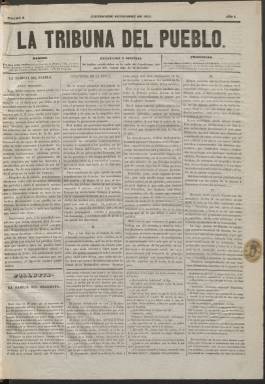
Título: La Tribuna del pueblo (Madrid. 1851)
Colección: Periódicos
Ámbito geográfico: Madrid
Lugar de publicación: Madrid
Fechas: 04/09/1851-17/10/1851

Periódico madrileño de ideas democráticas que defendía por primera vez en la España liberal el sufragio universal y la república. Junto con el nacimiento del Partido Demócrata, estas ideas se propagaron en España al calor de las revoluciones europeas de 1848. Al aparecer en un año en que gobernaba el partido moderado de ideario liberal conservador el periódico fue perseguido y terminó por desaparecer al cabo de poco más de un mes.

  En el número 3 de la Tribuna del Pueblo, que es con el que se inicia la colección de la BNE, se informa que los dos primeros números han desaparecido de la circulación al ser secuestrados por el Gobierno. Con el título ¡Buen Principio! la primera columna de la portada señala: ‘Bajo malos auspicios hemos pisado los umbrales de la imprenta. Nuestros dos primeros números han sido recogidos en el día de ayer por orden de la autoridad superior de la provincia’.

  Los editores se defienden diciendo que pretender reformas no quiere decir situarse fuera de la ley para criticar lo existente, y suplican a la autoridad competente no prohíba la salida del periódico porque sus doctrinas críticas ‘giran en esferas muy superiores a las en que giran y se mueven los partidos’, con lo que parecía situarse fuera de la lucha política.

  El alma de la Tribuna del Pueblo fue Sixto Cámara, defensor del socialismo utópico cuyas ideas las había adquirido en Francia de Charles Fourier. Fundó el periódico junto con Leandro Rubio, Antonio Ignacio Cervera y Francisco Javier Moya Fernández. Durante el bienio progresista de 1854-1856 Cámara fundó la Soberanía Nacional, órgano del Partido Demócrata. Estuvo preso y se exilió tras la vuelta de los moderados a Portugal, donde falleció con 35 años. Su compañero socialista Fernando Garrido publicó su biografía en 1860, al año de su muerte.

  La Tribuna del Pueblo era un típico periódico doctrinario en el que la exposición de su ideario es lo más significativo, lo que no quiere decir que faltara la información nacional e internacional con noticias variadas o la información de espectáculos e incluso una sección industrial.
Tampoco faltaba en sus cuatro páginas el folletín, recurso novelesco que no podía faltar en la prensa de la época. Los primeros números incluían unos pequeños grabados humorísticos que alegraban y daban variedad a la publicación.

  El último número, del 17 de octubre de 1851, se publicó solo con una página en la que se informaba que el periódico había sido sancionado con 50.000 mil reales que se sumaban a otros 30.000 anteriores, con lo que no podía continuar. ‘No hay empresa que resista semejantes descalabros, y mucho menos la de La Tribuna, que solo tiene su base en los favores de la opinión’, señalaron sus editores a modo de epitafio.

[Descripción publicada el 20/09/2024]